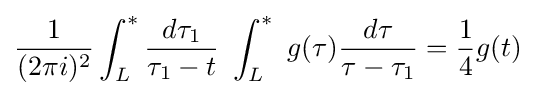
{\frac {1}{(2\pi i)^{2}}}\int _{L}^{*}{\frac {d{\tau }_{1}}{{\tau }_{1}-t}}\ \int _{L}^{*}\ g(\tau ){\frac {d\tau }{\tau -\tau _{1}}}={\frac {1}{4}}g(t)\